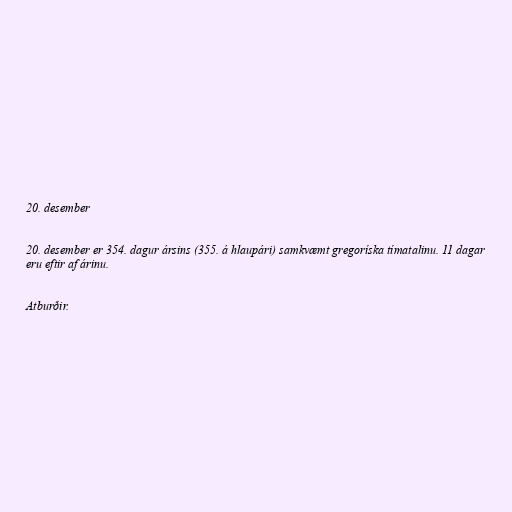
20. desember

20. desember er 354. dagur ársins (355. á hlaupári) samkvæmt gregoríska tímatalinu. 11 dagar
eru eftir af árinu.

Atburðir.